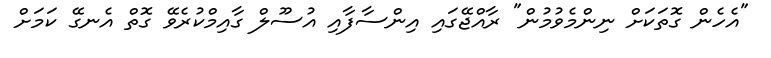
"އެހެން ގޮތަކަށް ނިންމެވުމުން" ރާއްޖޭގައި އިންސާފާއި އުސޫލް ގާއިމްކުރެވޭ ގޮތް އެނގޭ ކަމަށް